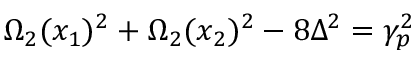
\Omega _ { 2 } ( x _ { 1 } ) ^ { 2 } + \Omega _ { 2 } ( x _ { 2 } ) ^ { 2 } - 8 \Delta ^ { 2 } = \gamma _ { p } ^ { 2 }